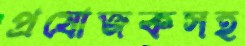
প্রযোজকসহ